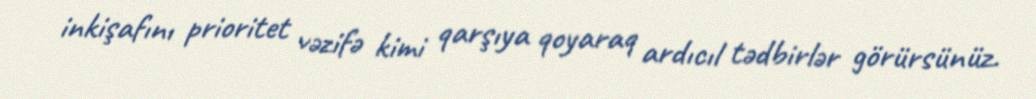
inkişafını prioritet vəzifə kimi qarşıya qoyaraq ardıcıl tədbirlər görürsünüz.